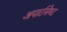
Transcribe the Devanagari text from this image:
अपार्टमेण्ट